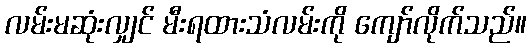
လမ်းမဆုံးလျှင် မီးရထားသံလမ်းကို ကျော်လိုက်သည်။